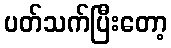
ပတ်သက်ပြီးတော့